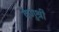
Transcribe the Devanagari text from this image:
वेणुश्री